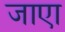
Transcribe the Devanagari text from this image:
जाएा